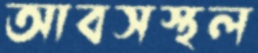
আবসস্থল